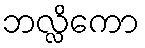
ဘလ္လိကော